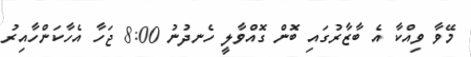
މޭވާ ވިއްކާ އެ ބާޒާރުގައި ބޮން ގޮއްވާލީ ހެނދުނު 8:00 ޖަހާ އެހާކަންހާއިރު